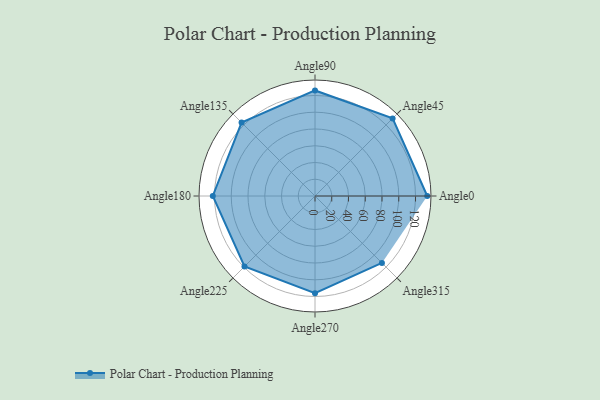
{"axis": {"x": "Angle", "y": "Radius"}, "legend": [""], "data": [{"x": "Angle0", "y": 134.0, "type": ""}, {"x": "Angle45", "y": 131.0, "type": ""}, {"x": "Angle90", "y": 126.0, "type": ""}, {"x": "Angle135", "y": 124.0, "type": ""}, {"x": "Angle180", "y": 122.0, "type": ""}, {"x": "Angle225", "y": 119.0, "type": ""}, {"x": "Angle270", "y": 116.0, "type": ""}, {"x": "Angle315", "y": 113.0, "type": ""}]}